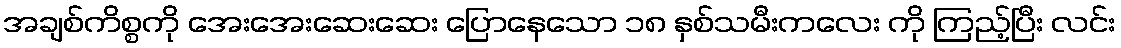
အချစ်ကိစ္စကို အေးအေးဆေးဆေး ပြောနေသော ၁၈ နှစ်သမီးကလေး ကို ကြည့်ပြီး လင်း